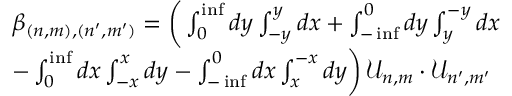
\begin{array} { r l } & { \beta _ { ( n , m ) , ( n ^ { \prime } , m ^ { \prime } ) } = \bigg ( \int _ { 0 } ^ { \operatorname* { i n f } } d y \int _ { - y } ^ { y } d x + \int _ { - \operatorname* { i n f } } ^ { 0 } d y \int _ { y } ^ { - y } d x } \\ & { - \int _ { 0 } ^ { \operatorname* { i n f } } d x \int _ { - x } ^ { x } d y - \int _ { - \operatorname* { i n f } } ^ { 0 } d x \int _ { x } ^ { - x } d y \bigg ) \, \mathcal { U } _ { n , m } \cdot \mathcal { U } _ { n ^ { \prime } , m ^ { \prime } } } \end{array}